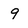
Character: 9